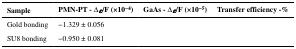
<table><thead><tr><td><b>Sample</b></td><td><b>PMN-PT - Δ<i>ε</i>/F (×10<sup>−4</sup>)</b></td><td><b>GaAs - Δ<i>ε</i>/F (×10<sup>−5</sup>)</b></td><td><b>Transfer efficiency -%</b></td></tr></thead><tbody><tr><td>Gold bonding</td><td>−1.329 ± 0.056</td><td>[EMPTY_CELL]</td><td>[EMPTY_CELL]</td></tr><tr><td>SU8 bonding</td><td>−0.950 ± 0.081</td><td>[EMPTY_CELL]</td><td>[EMPTY_CELL]</td></tr></tbody></table>